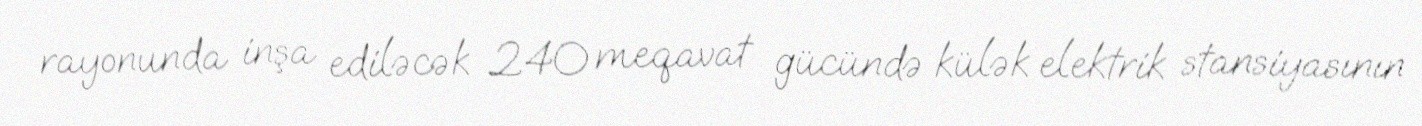
rayonunda inşa ediləcək 240 meqavat gücündə külək elektrik stansiyasının